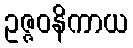
ဥဇ္ဇဝနိကာယ